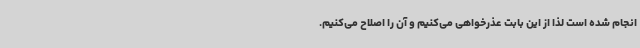
انجام ‌شده است لذا از این بابت عذرخواهی می‌کنیم و آن را اصلاح می‌کنیم.